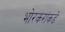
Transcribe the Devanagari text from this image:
भोरकरांकडे